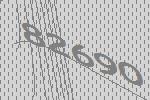
82690